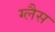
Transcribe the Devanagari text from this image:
ग्लैस